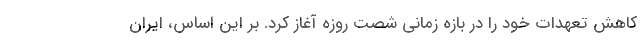
کاهش تعهدات خود را در بازه زمانی شصت روزه آغاز کرد. بر این اساس، ایران